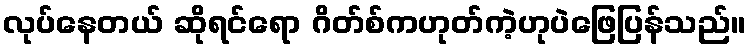
လုပ်နေတယ် ဆိုရင်ရော ဂိတ်စ်ကဟုတ်ကဲ့ဟုပဲဖြေပြန်သည်။